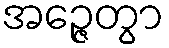
အဉ္ဇေတွာ